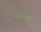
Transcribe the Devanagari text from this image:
रुस्की